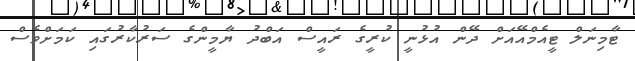
ޓާމިނަލް ޓީއެމްއޭއަށް ދޭން އުޅުނީ ކުރީގެ ރައީސް އަބްދު ޔާމީންގެ ސަރުކާރުގައި ކަމަށްވެސް